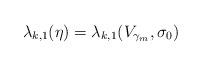
LaTeX: \begin{align*}\lambda_{k,1}(\eta) = \lambda_{k,1}(V_{\gamma_m}, \sigma_0 )\end{align*}